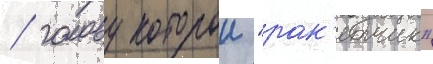
/ голову которои "рак'етчик"